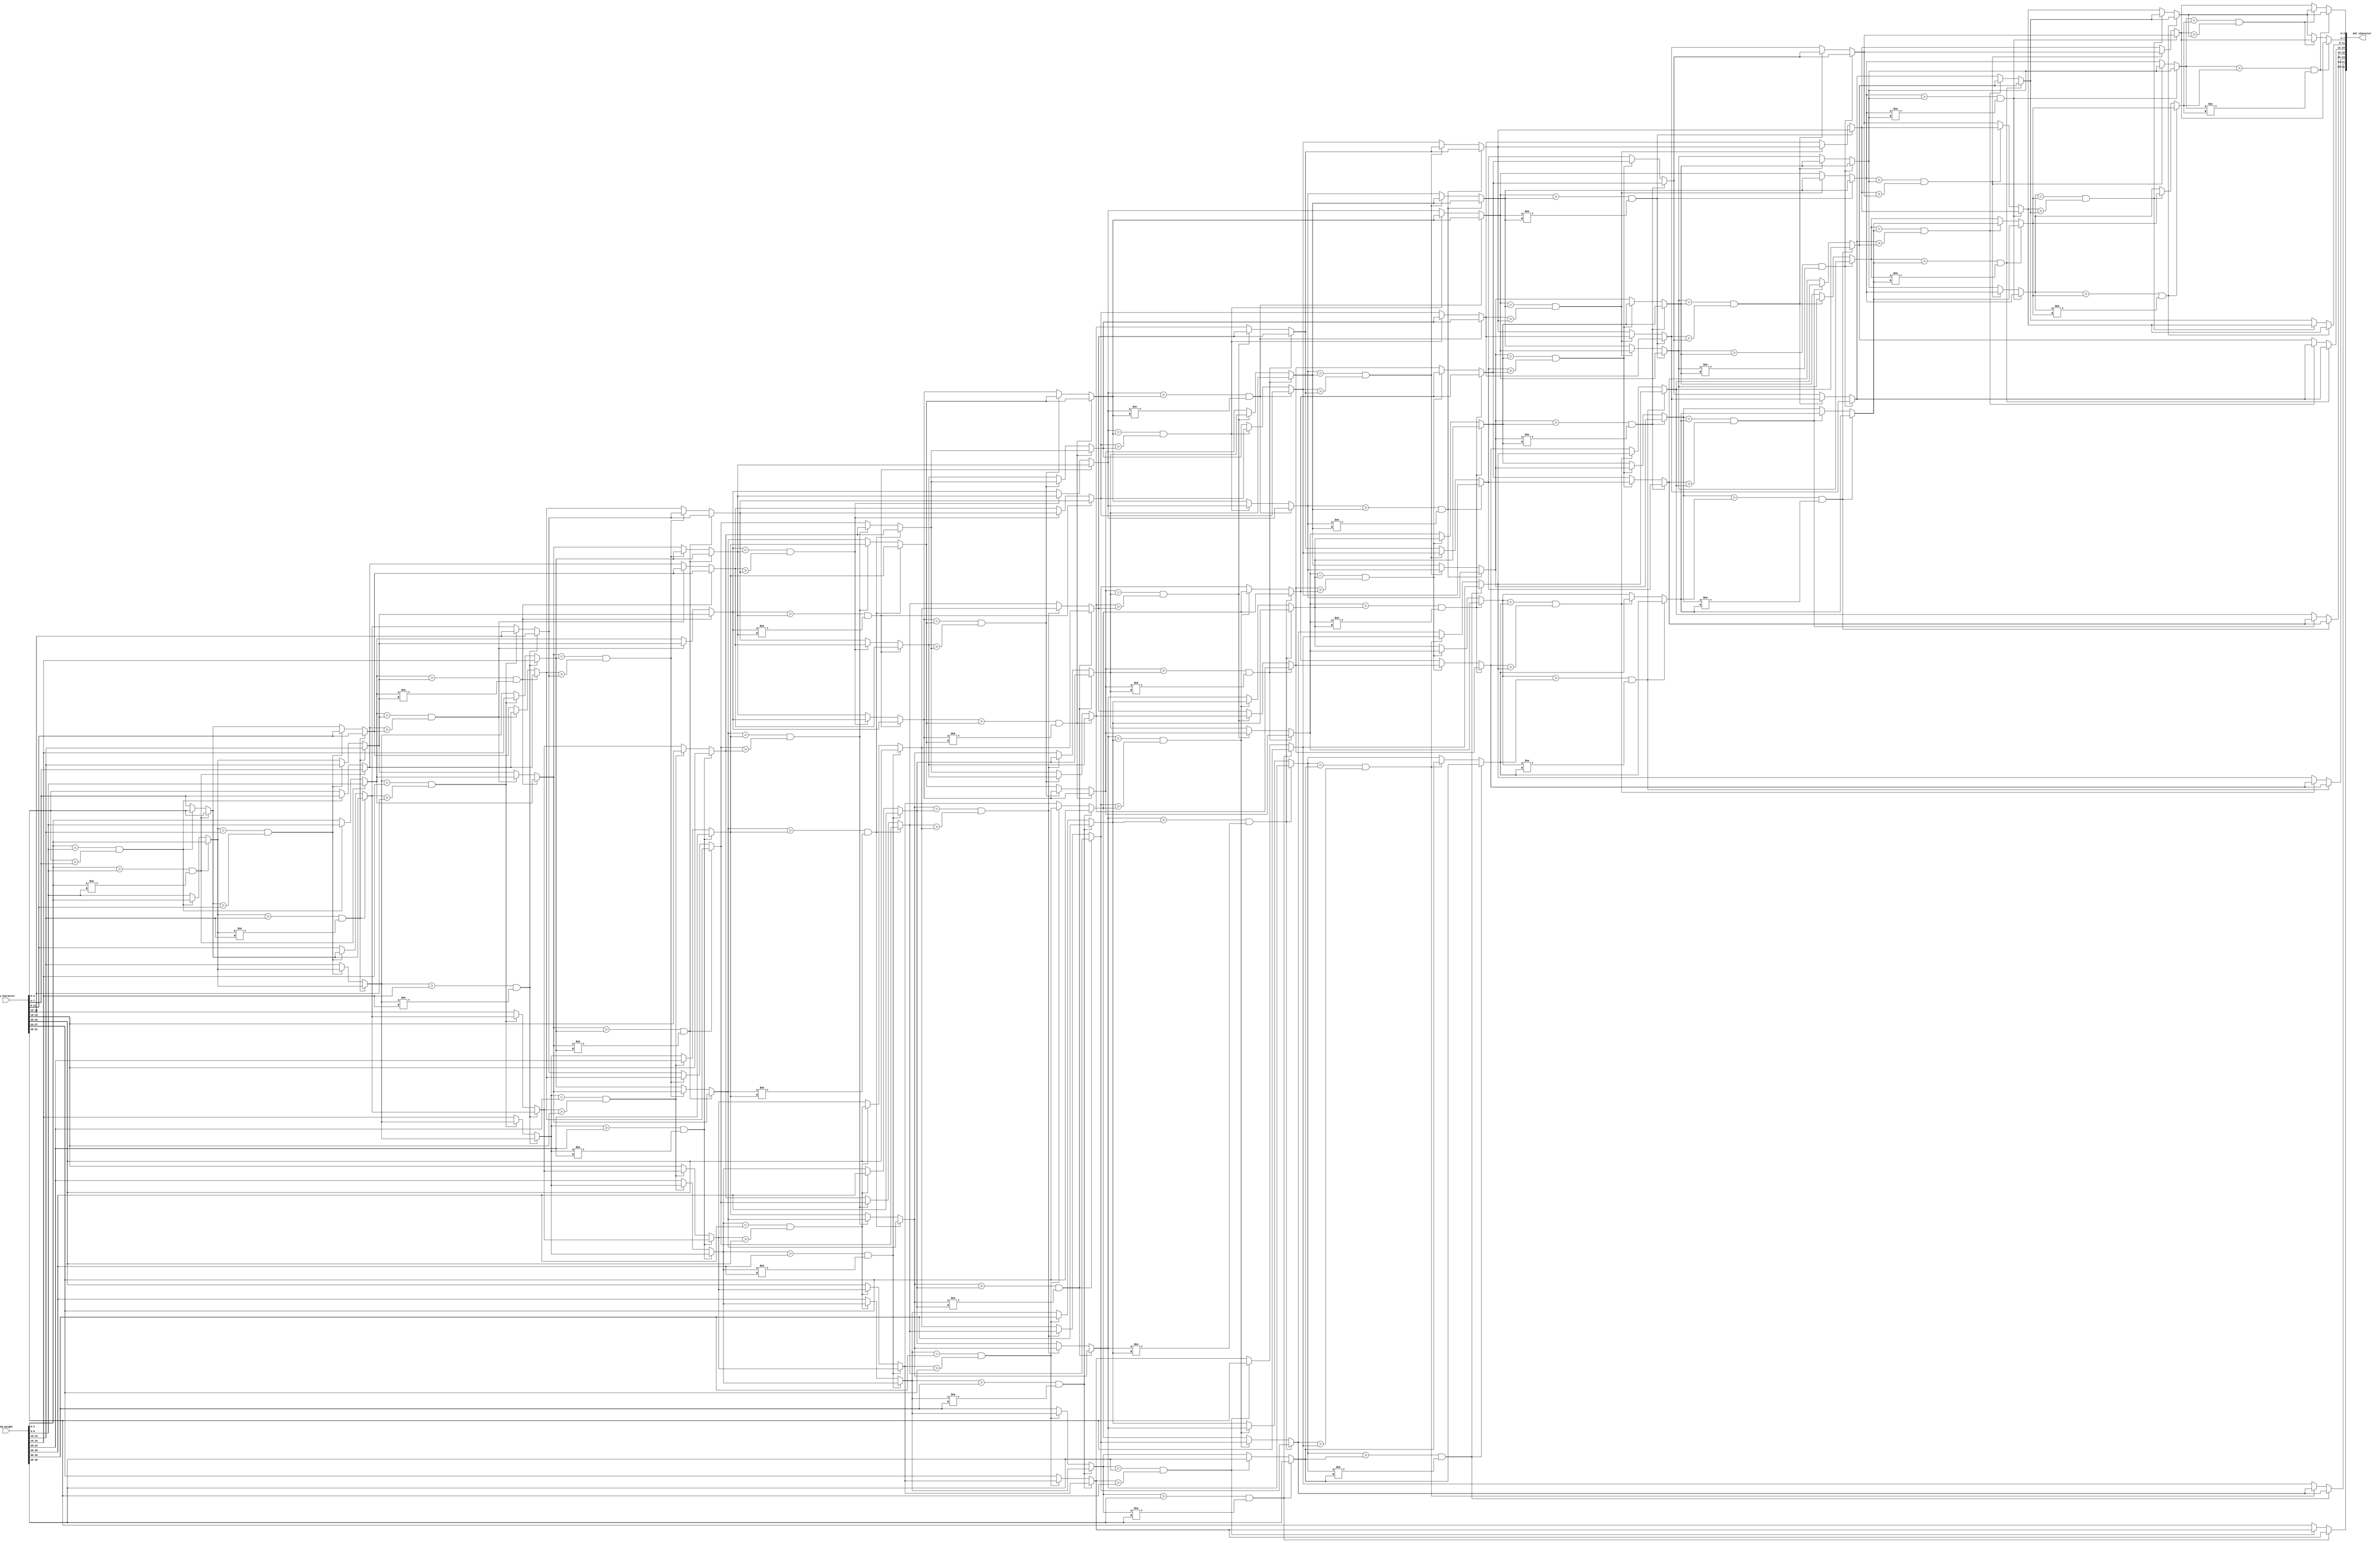



// module SORT_IP #(
//     parameter IP_WIDTH = 5
// )(  
//     input   [IP_WIDTH*5-1:0] IN_weight,
//     input   [IP_WIDTH*4-1:0] IN_character,
//     output reg  [IP_WIDTH*4-1:0] OUT_character
// );
// parameter SIZE=5; 
//     reg  [IP_WIDTH*5-1:0] OUT_index;
//     reg [IP_WIDTH*SIZE-1:0] sorted_bus;
//     always @(*) begin
//         OUT_index = sorted_bus;
//     end

//     integer i, j;
//     reg [SIZE-1:0] temp;
//     reg [SIZE-1:0] array [1:IP_WIDTH];
//     reg [SIZE-1:0] index [1:IP_WIDTH];
//     always @* begin
//         for (i = 0; i < IP_WIDTH; i = i + 1) begin
//             array[i+1] = IN_weight[i*SIZE +: SIZE];
//             index[i+1] = IN_character[i*SIZE +: SIZE];
//         end

//         for (i = IP_WIDTH; i > 0; i = i - 1) begin
//             for (j = 1 ; j < i; j = j + 1) begin
//                 if (array[j] < array[j + 1]) begin
//                     temp         = array[j];
//                     array[j]     = array[j + 1];
//                     array[j + 1] = temp;
//                     temp         = index[j];
//                     index[j]     = index[j + 1];
//                     index[j + 1] = temp;
//                 end 
//             end
//         end
// //display array of sorted data
//         for (i = 0; i < IP_WIDTH; i = i + 1) begin
//             $display("array[%0d] = %d", i, array[i+1]);
//         end
//     //display indexes of sorted data orginal and sorted
//         for (i = 0; i < IP_WIDTH; i = i + 1) begin
//             $display("index[%0d] = %d", i, index[i+1]);
//         end
//         for (i = 0; i < IP_WIDTH; i = i + 1) begin
//             sorted_bus[i*SIZE +: SIZE] = index[i+1];
//         end
//     end

//     always @* begin
//         for (i = 0; i < IP_WIDTH; i = i + 1) begin
//             OUT_character[i*4 +: 4] = sorted_bus[i*SIZE +: SIZE];
//         end
//       //  $display(sorted_bus);
//     end

// genvar idx;
// generate
// for (idx = 0; idx < IP_WIDTH*4; idx = idx + 4) begin
// always @* begin
//        // $display("sorthIN_character[%0d:%0d] = %h", idx+3, idx, IN_character[idx+3:idx]);
//      //   $display("array[%0d:%0d] = %h", idx+3, idx, array[idx+3:idx]);
//         $display("sorted bus[%0d:%0d] = %h", idx+3, idx, sorted_bus[idx+3:idx]);
//     end
// end

module SORT_IP #(
    parameter IP_WIDTH = 8
)(  
    input   [IP_WIDTH*5-1:0] IN_weight,
    input   [IP_WIDTH*4-1:0] IN_character,
    output reg  [IP_WIDTH*4-1:0] OUT_character
);
    parameter SIZE=5; 
    reg  [IP_WIDTH*4-1:0] OUT_index;
    reg [IP_WIDTH*SIZE-1:0] sorted_bus;
    always @(*) begin
        OUT_index = sorted_bus;
    end

    integer i, j;
    reg [SIZE-1:0] temp,temp1;
    reg [4:0] array [1:IP_WIDTH];
    reg [3:0] index [1:IP_WIDTH];
    always @* begin
        for (i = 0; i < IP_WIDTH; i = i + 1) begin
            array[i+1] = IN_weight[i*5 +: 5];
            index[i+1] = IN_character[i*4 +: 4];
          //  $display("array[%0d] = %d", i, array[i+1]);
       //    $display("index_pad[%0d] = %d", i, index[i+1]);
        end

        for (i = IP_WIDTH; i > 0; i = i - 1) begin
            for (j = 1 ; j < i; j = j + 1) begin
                if (array[j] > array[j + 1]&&array[j] != array[j + 1]) begin
                    temp         = array[j];
                    temp1        = index[j];

                    array[j]     = array[j + 1];
                    index[j]     = index[j + 1];

                    array[j + 1] = temp;
                    index[j + 1] = temp1;
                end else if(array[j] == array[j + 1] && index[j] > index[j + 1]) begin
                        temp         = array[j];
                        temp1        = index[j];

                        array[j]     = array[j + 1];
                        index[j]     = index[j + 1];

                        array[j + 1] = temp;
                        index[j + 1] = temp1;
                end
            end
        end
        // for(i=0;i<IP_WIDTH;i=i+1)begin 
        //     $display("index[%0d] = %h", i, index[i+1]);
        // end
        // $display("------------------------------------");
        //   for(i=0;i<IP_WIDTH;i=i+1)begin 
        //     $display("array[%0d] = %h", i, array[i+1]);
        // end
        for (i = 0; i < IP_WIDTH; i = i + 1) begin
            sorted_bus[i*SIZE +: SIZE] = index[i+1];
        end
    end
    always @* begin
        for (i = 0; i < IP_WIDTH; i = i + 1) begin
            OUT_character[i*4 +: 4] = sorted_bus[i*SIZE +: SIZE];
        end
    end
    // always @* begin
    //     $display("OUT_character = %h", OUT_character);
    // end
endmodule